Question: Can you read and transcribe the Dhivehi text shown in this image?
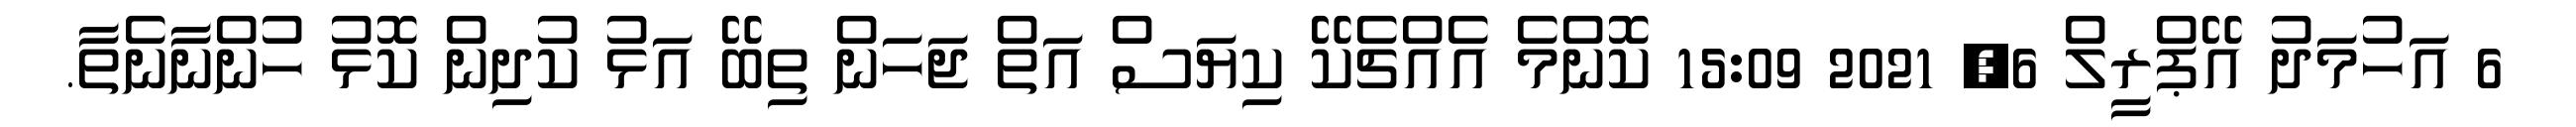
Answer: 6 އަހުމަދު އޭޕްރީލް 6, 2021 15:09 ކޮންމެ އެއްޗެކޭ ކިޔަސް އަތް ޖަހަން ތިބޭ އަޅު ކުދިން ކޮޅު ހުންނާނެތާ.